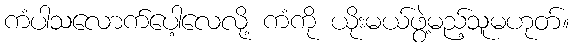
ကံပါသလောက်ပေါ့လေလို့ ကံကို ယိုးမယ်ဖွဲ့မည့်သူမဟုတ်။